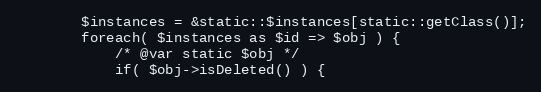
Language: PHP
		$instances = &static::$instances[static::getClass()];
		foreach( $instances as $id => $obj ) {
			/* @var static $obj */
			if( $obj->isDeleted() ) {